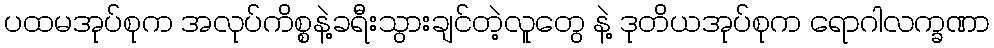
ပထမအုပ်စုက အလုပ်ကိစ္စနဲ့ခရီးသွားချင်တဲ့လူတွေ နဲ့ ဒုတိယအုပ်စုက ရောဂါလက္ခဏာ